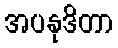
အပနုဒိတာ